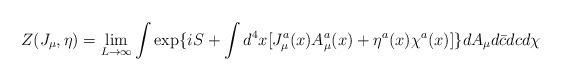
\begin{align*}Z(J_{\mu}, \eta)= \lim_{L \rightarrow \infty} \int \exp \{iS+ \int d^4x[J_{\mu}^a(x)A_{\mu}^a(x)+ \eta^a(x) \chi^a(x)] \}dA_{\mu}d \bar{c}dc d \chi \end{align*}